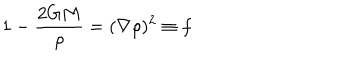
1 - \frac { 2 G M } { \rho } = ( \nabla \rho ) ^ { 2 } \equiv f